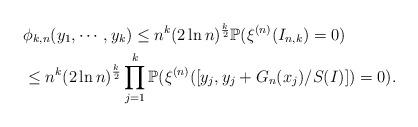
LaTeX: \begin{align*}&\phi_{k,n}(y_1,\cdots,y_k)\leq n^k(2\ln n)^{\frac{k}{2}}\mathbb{P}(\xi^{(n)}(I_{n,k})=0)\\ &\leq n^k(2\ln n)^{\frac{k}{2}}\prod_{j=1}^k\mathbb{P}(\xi^{(n)}([y_j,y_j+G_n(x_j)/S(I)])=0).\end{align*}